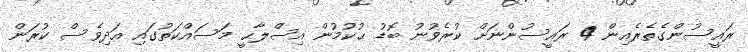
ރައީސުންގެތެރެއިން 4 ރައީސުންނަށް ކުރެވުނު ބޮޑު ޙުކުމުން އިސްލާޙީ މަސައްކަތުގައި އަދިވެސް ކުރަން